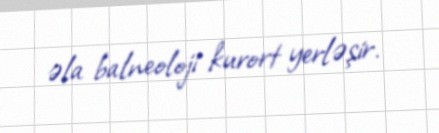
əla balneoloji kurort yerləşir.